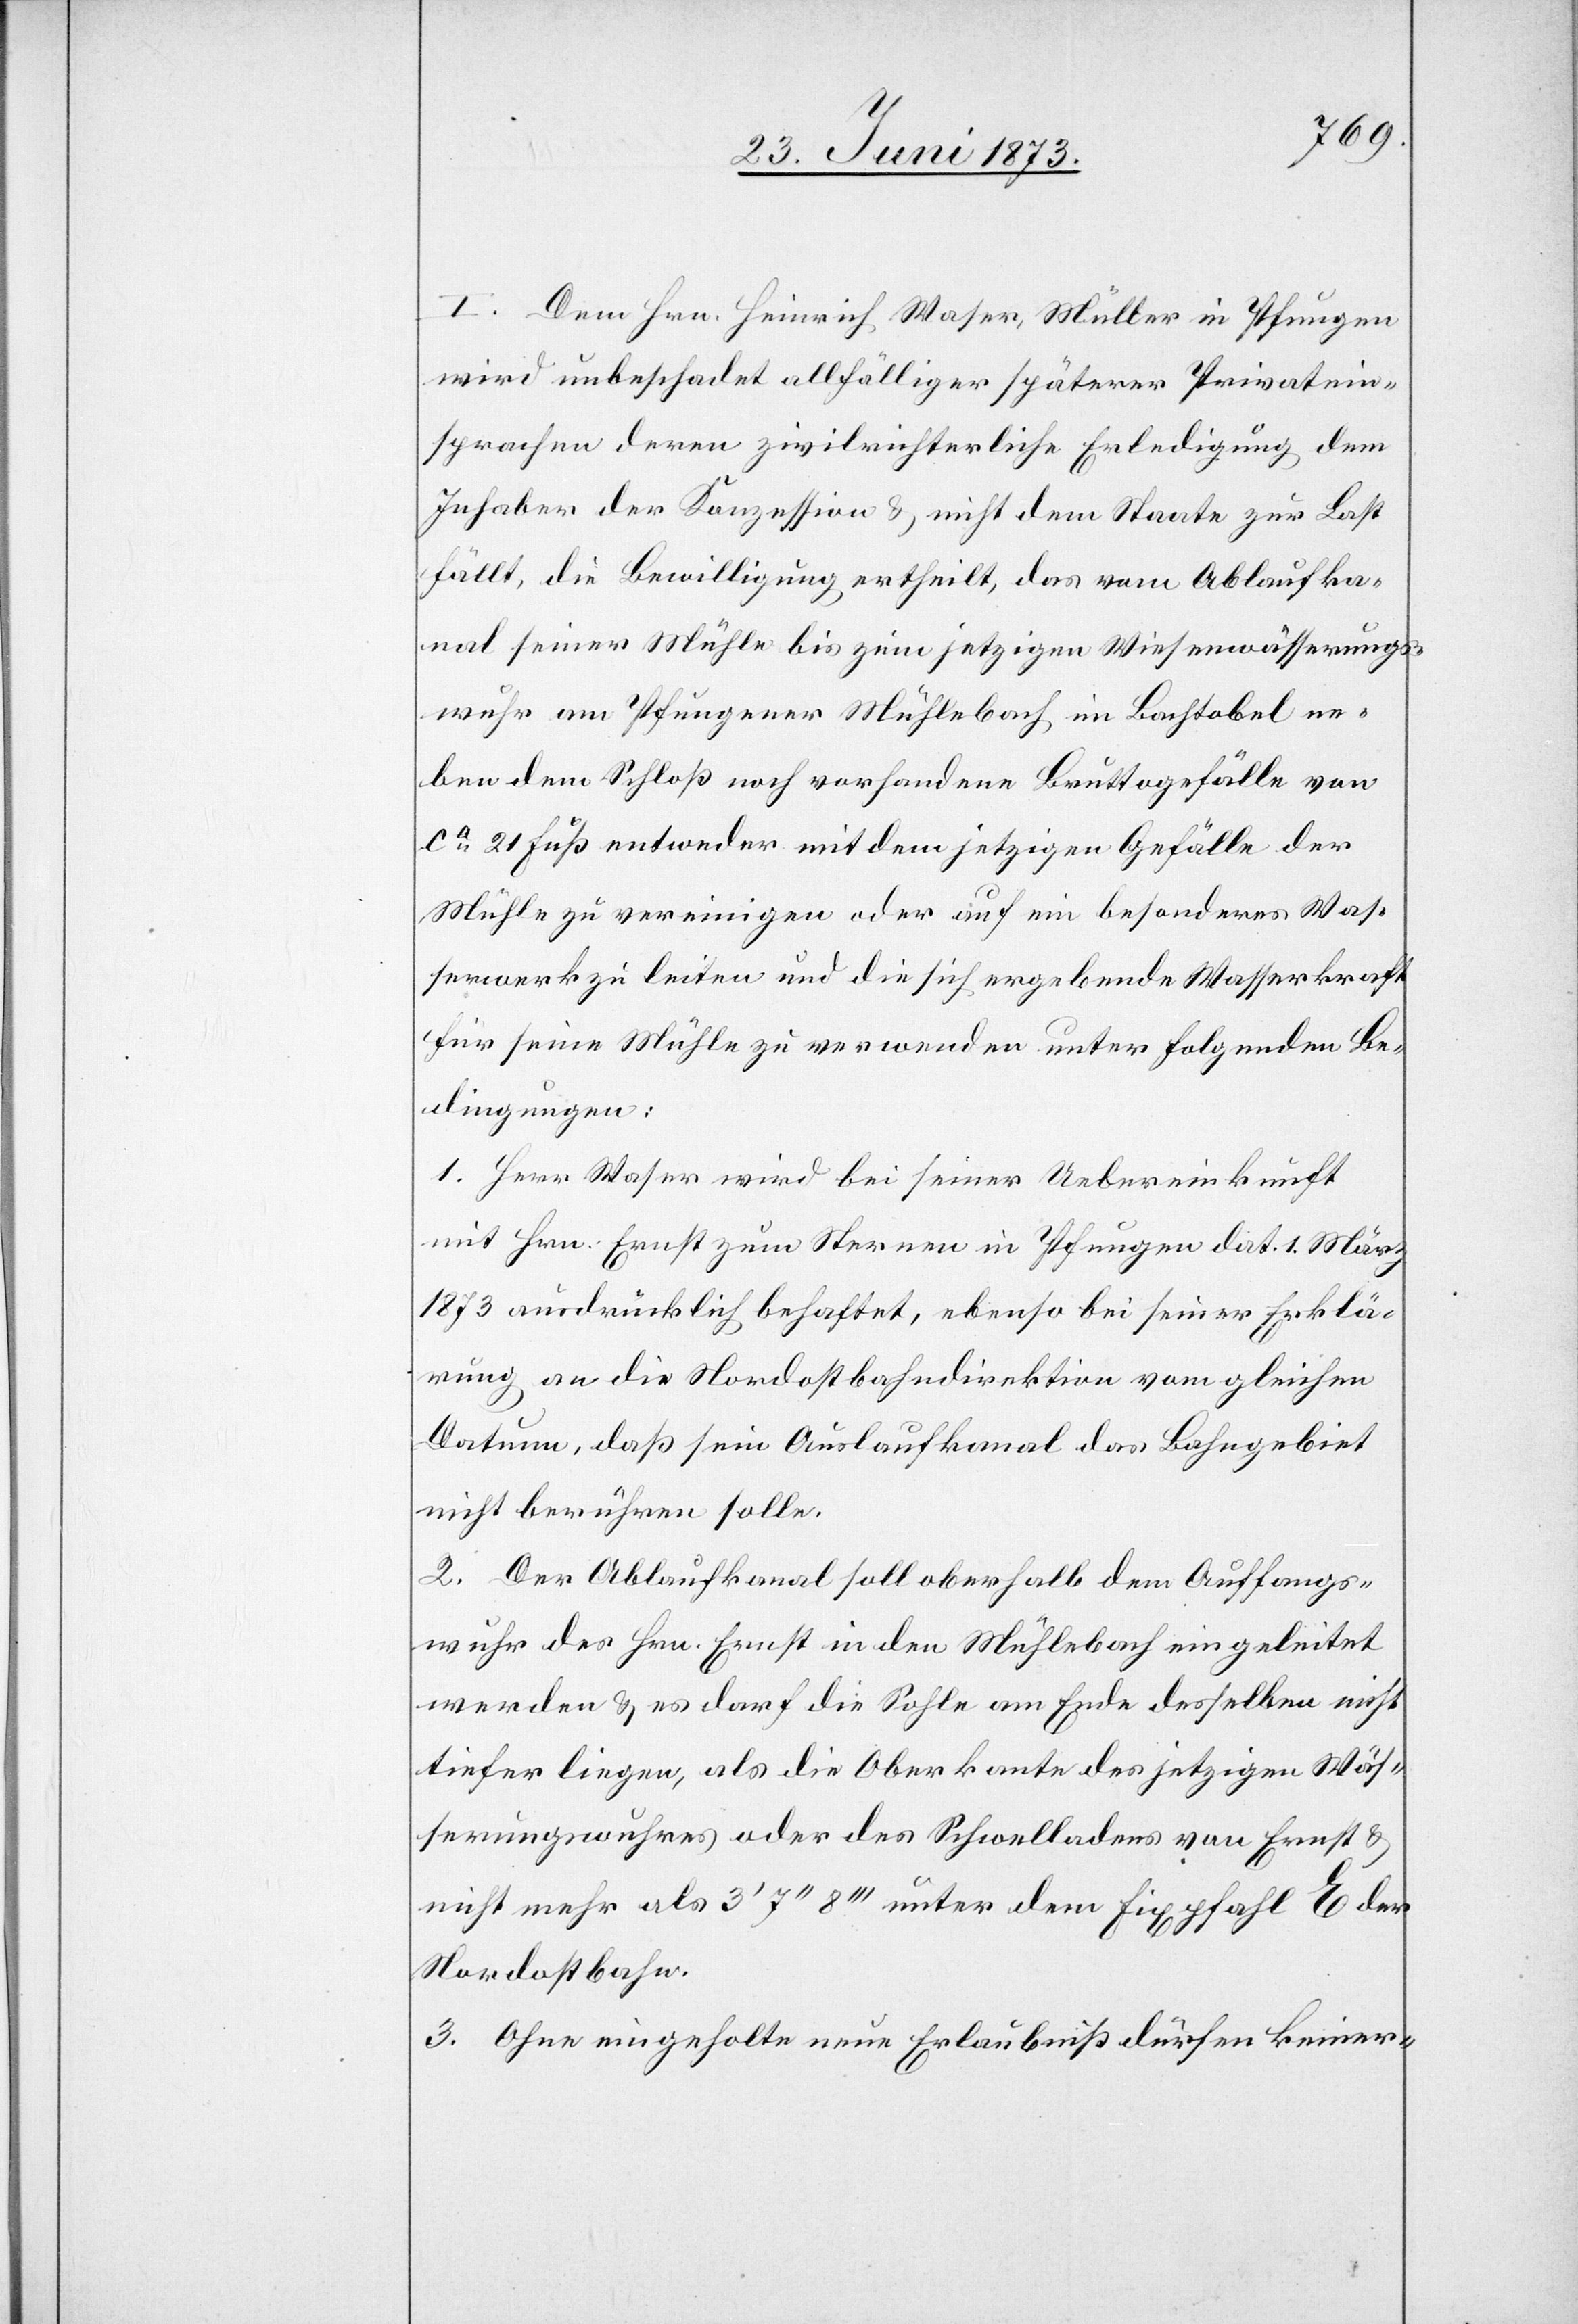
I. Dem Hrn. Heinrich Waser, Müller in Pfungen
wird unbeschadet allfälliger späterer Privatein¬
sprachen deren zivilrichterliche Erledigung dem
Inhaber der Konzession & nicht dem Staate zur Last
fällt, die Bewilligung ertheilt, das vom Ablaufka¬
nal seiner Mühle bis zum jetzigen Wiesenwässerungs¬
wuhr am Pfungener Mühlebach im Bachtobel ne¬
ben dem Schloß noch vorhandene Bruttogefälle von
ca 21 Fuß entweder mit dem jetzigen Gefälle der
Mühle zu vereinigen oder auf ein besonderes Was¬
serwerk zu leiten und die sich ergebende Wasserkraft
für seine Mühle zu verwenden unter folgenden Be¬
dingungen:
1. Herr Waser wird bei seiner Uebereinkunft
mit Hrn. Ernst zum Sternen in Pfungen dat. 1. März
1873 ausdrücklich behaftet, ebenso bei seiner Erklä¬
rung an die Nordostbahndirektion vom gleichen
Datum, daß sein Auslaufkanal das Bahngebiet
nicht berühren solle.
2. Der Ablaufkanal soll oberhalb dem Auffangs¬
wuhr des Hrn. Ernst in den Mühlebach eingeleitet
werden & es darf die Sohle am Ende desselben nicht
tiefer liegen, als die Oberkante des jetzigen Wäs¬
serungswuhres oder des Schwelladens von Ernst &
nicht mehr als 3‘ 7‘‘ 8‘‘‘ unter dem Fixpfahl E der
Nordostbahn.
3. Ohne eingeholte neue Erlaubniß dürfen keiner-